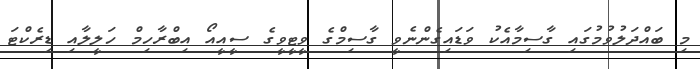
މި ބައްދަލުވުމުގައި ގާސިމާއެކު ވަޑައިގެންނެވީ ގާސިމްގެ ވީޓީވީގެ ސީއީއޯ އިބްރާހިމް ހަލީލާއި ޑިރެކްޓަ